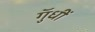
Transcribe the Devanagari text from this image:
गुॅधीं